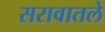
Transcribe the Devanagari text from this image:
सरावातले